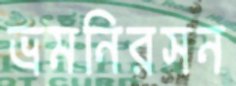
ভ্রমনিরসন